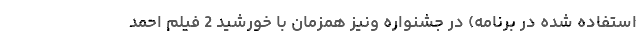
استفاده شده در برنامه) در جشنواره ونیز همزمان با خورشید 2 فیلم احمد